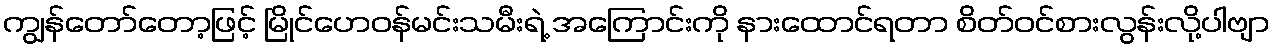
ကျွန်တော်တော့ဖြင့် မြိုင်ဟေဝန်မင်းသမီးရဲ့ အကြောင်းကို နားထောင်ရတာ စိတ်ဝင်စားလွန်းလို့ပါဗျာ